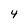
Character: 4